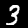
Label: 3